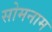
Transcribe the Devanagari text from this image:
सोमनाम